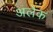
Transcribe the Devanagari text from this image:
अलेक